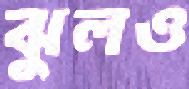
ঝুলও